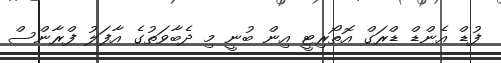
ފުޑް އެންޑް ޑްރަގް އޮތޯރިޓީ އިން ބުނީ މި ދެބާވަތުގެ އާފަލު ފްރާންސް